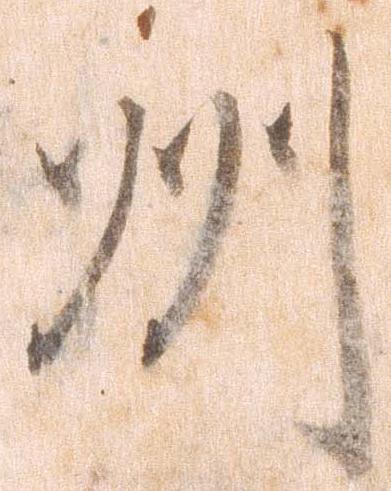
州